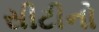
સીટીનો